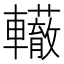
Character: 𨏣